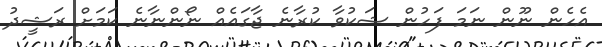
އެހެން ނޫން ނަމަ ފަހުން ޝަކުވާ ކުރާނެ ޖާގައެއް ނޯންނާނެ ކަމަށް ރަޝީދު